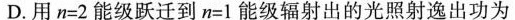
D.用$$n = 2$$能级跃迁到$$n = 1$$能级辐射出的光照射逸出功为